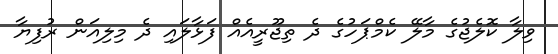
ވިލާ ކޮލެޖުގެ މާލޭ ކެމްޕަހުގެ ދެ ތިޖޫރީއެއް ފަޅާލައި ދެ މިލިއަން ރުފިޔާ